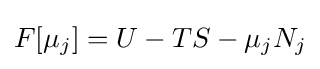
F[\mu _{j}]=U-TS-\mu _{j}N_{j}